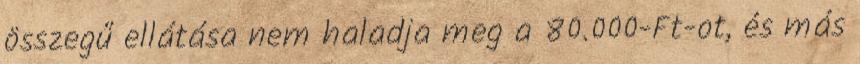
összegű ellátása nem haladja meg a 80.000-Ft-ot, és más